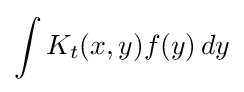
\int K_{t}(x,y)f(y)\,dy